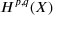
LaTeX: H ^ { p , q } ( X )